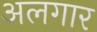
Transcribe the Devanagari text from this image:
अलगार